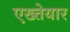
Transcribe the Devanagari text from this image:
एख्तेयार